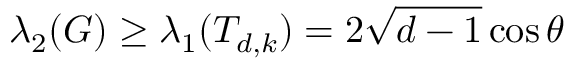
\lambda _ { 2 } ( G ) \geq \lambda _ { 1 } ( T _ { d , k } ) = 2 { \sqrt { d - 1 } } \cos \theta